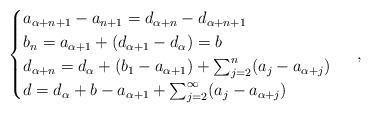
LaTeX: \begin{align*}\begin{cases}a_{\alpha + n +1} - a_{n+1} = d_{\alpha + n} - d_{\alpha + n +1} \\b_n = a_{\alpha + 1} + (d_{\alpha + 1} - d_\alpha) = b \\d_{\alpha + n} = d_\alpha + (b_1 - a_{\alpha+1}) + \sum_{j=2}^n (a_j - a_{\alpha + j}) \\d = d_\alpha + b - a_{\alpha + 1} + \sum_{j=2}^\infty (a_j - a_{\alpha+j})\end{cases} \ ,\end{align*}